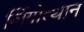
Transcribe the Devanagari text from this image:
लिंगोत्थान